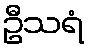
ဦသရံ